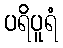
ပရိပူရံ